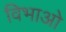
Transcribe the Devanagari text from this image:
विभाओ